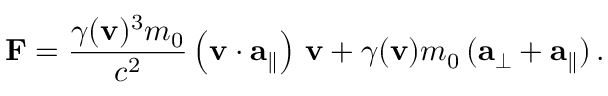
\mathbf { F } = { \frac { \gamma ( \mathbf { v } ) ^ { 3 } m _ { 0 } } { c ^ { 2 } } } \left( \mathbf { v } \cdot \mathbf { a } _ { \parallel } \right) \, \mathbf { v } + \gamma ( \mathbf { v } ) m _ { 0 } \, ( \mathbf { a } _ { \perp } + \mathbf { a } _ { \parallel } ) \, .